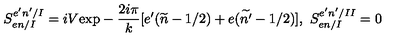
S _ { e n / I } ^ { e ^ { \prime } n ^ { \prime } / I } = i V \mathrm { e x p } - \frac { 2 i \pi } { k } [ e ^ { \prime } ( \widetilde { n } - 1 / 2 ) + e ( \widetilde { n ^ { \prime } } - 1 / 2 ) ] , \ S _ { e n / I } ^ { e ^ { \prime } n ^ { \prime } / I I } = 0